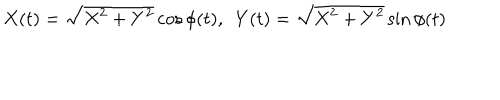
X ( t ) = \sqrt { X ^ { 2 } + Y ^ { 2 } } \cos \phi ( t ) , \ \ Y ( t ) = \sqrt { X ^ { 2 } + Y ^ { 2 } } \sin \phi ( t )